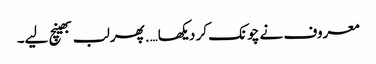
معروف نے چونک کر دیکھا….پھر لب بھینچ لیے۔